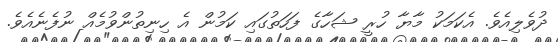
ދުވެލިއެވެ. އެކަމަކު މާޔާ ހުރީ ޝަހާގެ ފަހަތުގައި ކަމުން އެ ހިނިތުންވުމެއް ނުފެނެއެވެ.